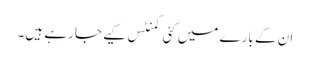
ان کے بارے میں کئی کمنٹس کیے جا رہے ہیں۔